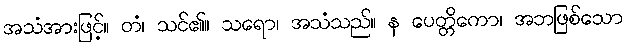
အသံအားဖြင့်။ တံ၊ သင်၏။ သရော၊ အသံသည်။ န ပေတ္တိကော၊ အဘဖြစ်သော